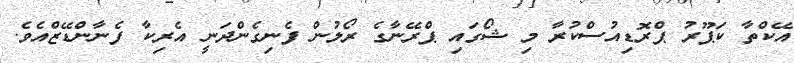
އޭކްތާ ކަޕޫރު ޕްރޮޑިއުސްކުރާ މި ޝޯގައި ޕްރޭނާގެ ރޯލުން ފެނިގެންދަނީ އެރިކާ ފެނާންޑޭޒްއެވެ.